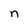
Character: n